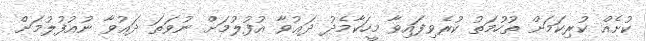
ކުށެއް ކުރިކަމަށް ތުހުމަތު ކުރެވިފައިވާ މީހަކާމެދު ދަޢުވާ އުފުލުމަށް ނުވަތަ ދަޢުވާ ނުއުފުލުމަށް